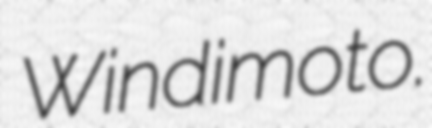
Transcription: Windimoto.